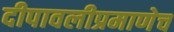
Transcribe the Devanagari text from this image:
दीपावलीप्रमाणेच